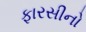
ફારસીનો